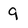
Character: 9